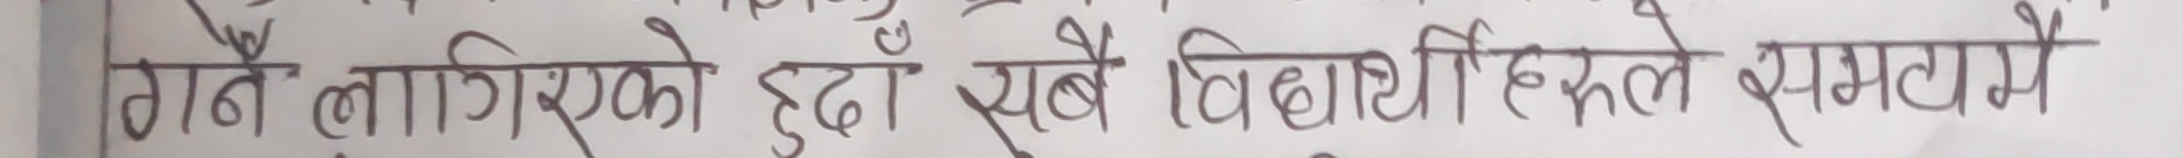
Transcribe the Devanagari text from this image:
गर्ने लागिएको हुँदा सबै विद्यार्थी हरुले समयमै